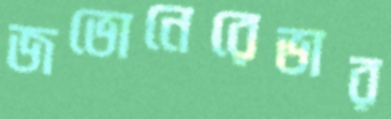
জভোনেরেভার